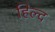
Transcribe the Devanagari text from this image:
हिल्द